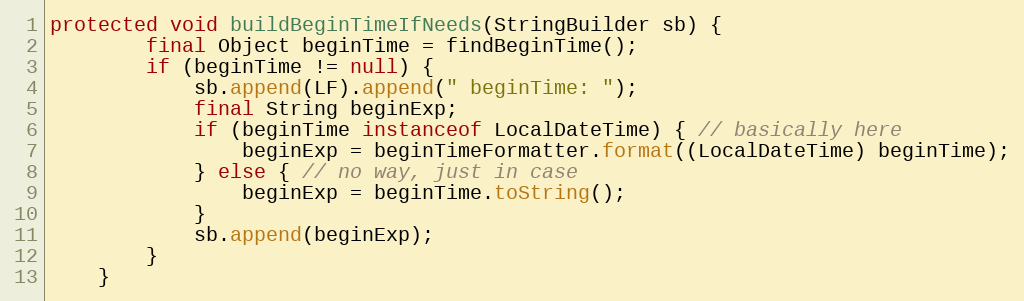
Language: Java
protected void buildBeginTimeIfNeeds(StringBuilder sb) {
        final Object beginTime = findBeginTime();
        if (beginTime != null) {
            sb.append(LF).append(" beginTime: ");
            final String beginExp;
            if (beginTime instanceof LocalDateTime) { // basically here
                beginExp = beginTimeFormatter.format((LocalDateTime) beginTime);
            } else { // no way, just in case
                beginExp = beginTime.toString();
            }
            sb.append(beginExp);
        }
    }